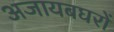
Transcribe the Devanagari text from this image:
अजायबघरों